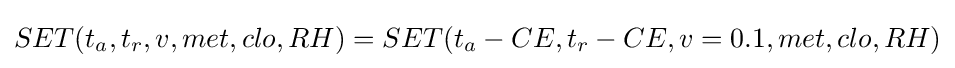
SET(t_{a},t_{r},v,met,clo,RH)=SET(t_{a}-CE,t_{r}-CE,v=0.1,met,clo,RH)